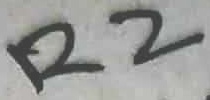
Text: R2